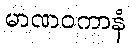
မာဏဝကာနံ